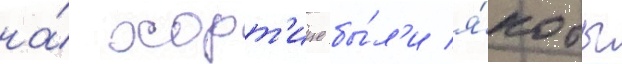
на́ хорт'ице бы́л'и я́кобы